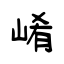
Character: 崤